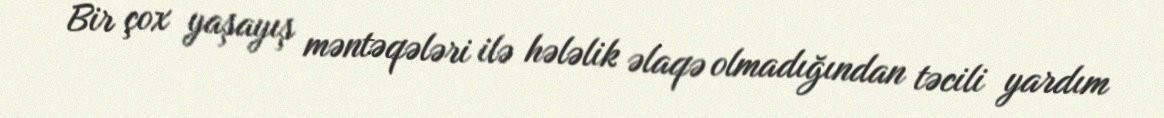
Bir çox yaşayış məntəqələri ilə hələlik əlaqə olmadığından təcili yardım